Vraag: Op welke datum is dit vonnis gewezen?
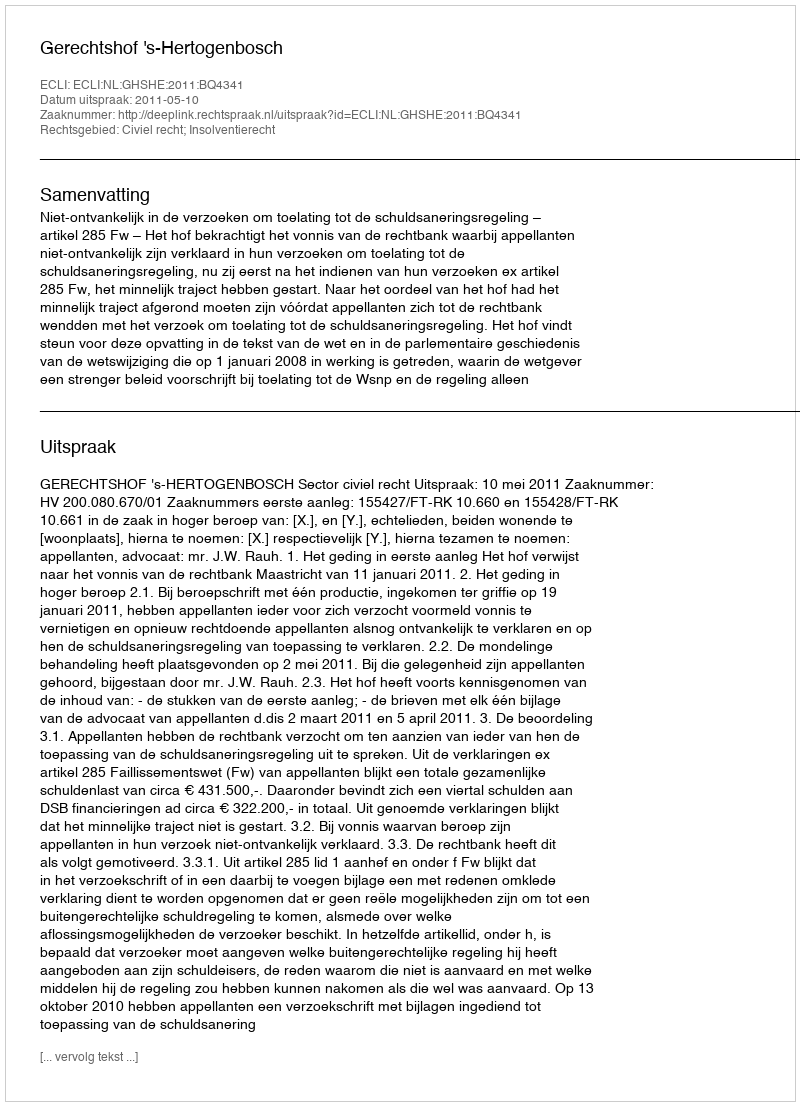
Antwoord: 2011-05-10